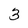
Character: 3